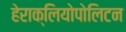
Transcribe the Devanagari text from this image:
हेराक्लियोपोलिटन